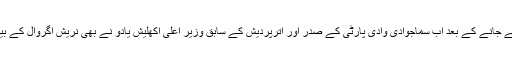
اگروال کے تبصرہ پر بی جے پی کی خواتین لیڈروں کے ذریعہ اعتراض کئے جانے کے بعد اب سماجوادی وادی پارٹی کے صدر اور اترپردیش کے سابق وزیر اعلی اکھلیش یادو نے بھی نریش اگروال کے بیان کی مذمت کی ہے اور بی جے پی سے سخت کارروائی کی اپیل کی ہے ۔